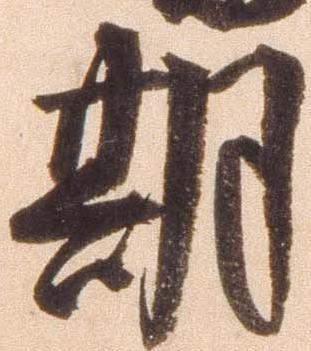
期